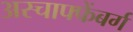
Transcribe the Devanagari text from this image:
अस्चाफ्फेंबर्ग